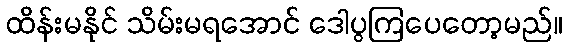
ထိန်းမနိုင် သိမ်းမရအောင် ဒေါပွကြပေတော့မည်။